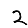
Digit: 2